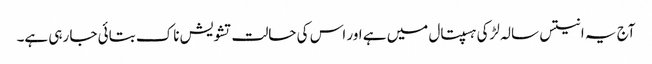
آج یہ انتیس سالہ لڑکی ہسپتال میں ہے اور اس کی حالت تشویش ناک بتائی جا رہی ہے۔